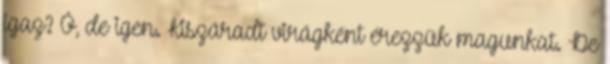
igaz? Ó, de igen. Kiszáradt virágként érezzük magunkat. De